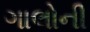
ગાલોની